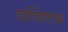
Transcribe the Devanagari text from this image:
दार्व्हिष्टक